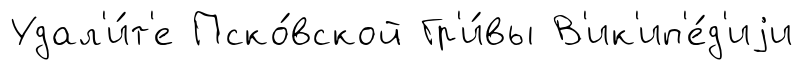
Удал'и́т'е Пско́вской Гр'и́вы В'ик'ип'е́д'иjи